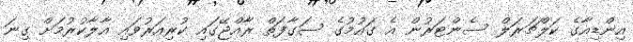
އިންޑިއާގެ ކަލްޗަރަލް ސެންޓަރުން އެ ގައުމުގެ ސަގާފަތް ރާއްޖޭގައި ކުރިއަރުވައި އާލާކުރުމަށް ގިނަ